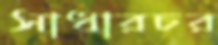
সাধারচর